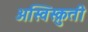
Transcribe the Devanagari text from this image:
अस्विस्क्रुती